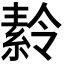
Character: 𬗪